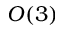
O ( 3 )